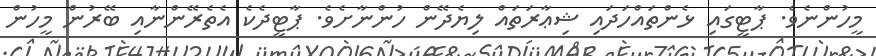
މީހުންނެވެ. ޕާޓީގައި ޅެންތައްހަދައި ޝިޢާރަތައް ލިޔެދޭން ހުންނާށެވެ. ޕާޓީދެކެ އެތެރޭންނާއި ބޭރުން މީހުން